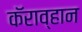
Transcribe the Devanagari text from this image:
कॅराव्हान